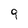
Character: 9